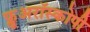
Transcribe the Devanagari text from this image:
फ्लूअरॉस्कोपी